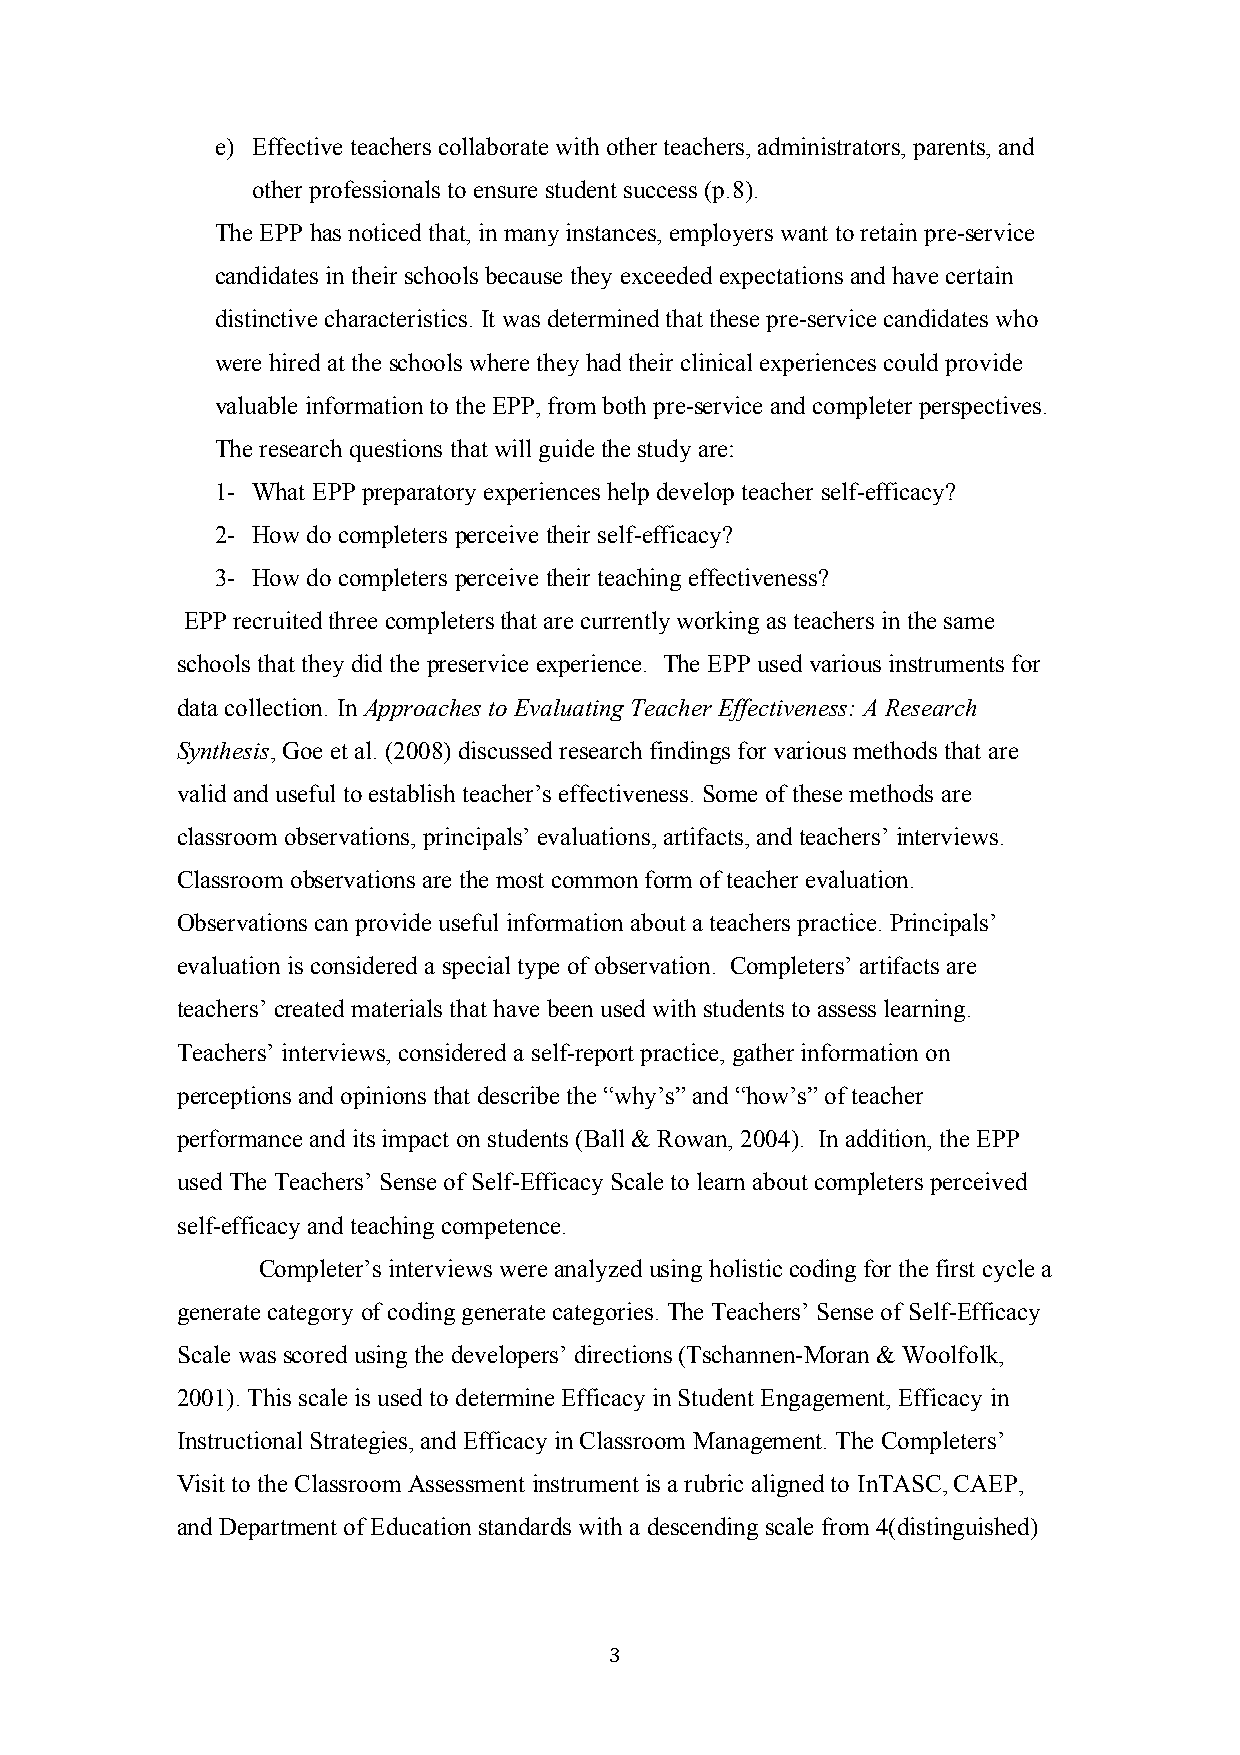
e) Effective teachers collaborate with other teachers, administrators, parents, and
 other professionals to ensure student success (p.8).
 The EPP has noticed that, in many instances, employers want to retain pre-service
 candidates in their schools because they exceeded expectations and have certain
 distinctive characteristics. It was determined that these pre-service candidates who
 were hired at the schools where they had their clinical experiences could provide
 valuable information to the EPP, from both pre-service and completer perspectives.
 The research questions that will guide the study are:
 1- What EPP preparatory experiences help develop teacher self-efficacy?
 2- How do completers perceive their self-efficacy?
 3- How do completers perceive their teaching effectiveness?
 EPP recruited three completers that are currently working as teachers in the same
 schools that they did the preservice experience. The EPP used various instruments for
 data collection. In Approaches to Evaluating Teacher Effectiveness: A Research
 Synthesis, Goe et al. (2008) discussed research findings for various methods that are
 valid and useful to establish teacher’s effectiveness. Some of these methods are
 classroom observations, principals’ evaluations, artifacts, and teachers’ interviews.
 Classroom observations are the most common form of teacher evaluation.
 Observations can provide useful information about a teachers practice. Principals’
 evaluation is considered a special type of observation. Completers’ artifacts are
 teachers’ created materials that have been used with students to assess learning.
 Teachers’ interviews, considered a self-report practice, gather information on
 perceptions and opinions that describe the “why’s” and “how’s” of teacher
 performance and its impact on students (Ball & Rowan, 2004). In addition, the EPP
 used The Teachers’ Sense of Self-Efficacy Scale to learn about completers perceived
 self-efficacy and teaching competence.
 Completer’s interviews were analyzed using holistic coding for the first cycle a
 generate category of coding generate categories. The Teachers’ Sense of Self-Efficacy
 Scale was scored using the developers’ directions (Tschannen-Moran & Woolfolk,
 2001). This scale is used to determine Efficacy in Student Engagement, Efficacy in
 Instructional Strategies, and Efficacy in Classroom Management. The Completers’
 Visit to the Classroom Assessment instrument is a rubric aligned to InTASC, CAEP,
 and Department of Education standards with a descending scale from 4(distinguished)
 3